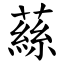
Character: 蕬